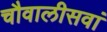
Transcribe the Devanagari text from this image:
चौवालीसवां